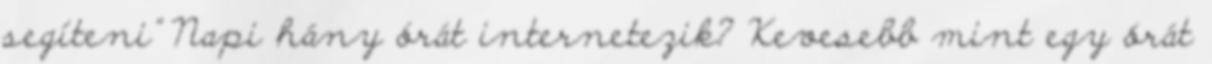
segíteni” Napi hány órát internetezik? Kevesebb mint egy órát